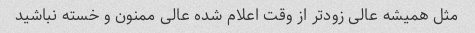
مثل همیشه عالی زود‌تر از وقت اعلام شده عالی ممنون و خسته نباشید